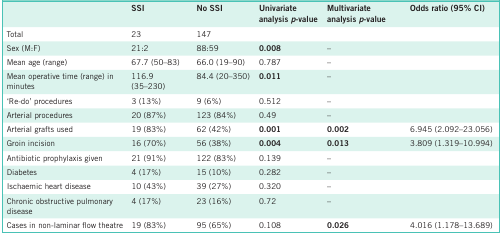
|  | SSI | No SSI | Univariate analysis p-value | Multivariate analysis p-value | Odds ratio (95% CI) |
 | --- | --- | --- | --- | --- | --- |
 | Total | 23 | 147 |  |  |  |
 | Sex (M:F) | 21:2 | 88:59 | 0.008 | – |  |
 | Mean age (range) | 67.7 (50–83) | 66.0 (19–90) | 0.787 | – |  |
 | Mean operative time (range) in minutes | 116.9 (35–230) | 84.4 (20–350) | 0.011 | – |  |
 | ‘Re-do’ procedures | 3 (13%) | 9 (6%) | 0.512 | – |  |
 | Arterial procedures | 20 (87%) | 123 (84%) | 0.49 | – |  |
 | Arterial grafts used | 19 (83%) | 62 (42%) | 0.001 | 0.002 | 6.945 (2.092–23.056) |
 | Groin incision | 16 (70%) | 56 (38%) | 0.004 | 0.013 | 3.809 (1.319–10.994) |
 | Antibiotic prophylaxis given | 21 (91%) | 122 (83%) | 0.139 | – |  |
 | Diabetes | 4 (17%) | 15 (10%) | 0.282 | – |  |
 | Ischaemic heart disease | 10 (43%) | 39 (27%) | 0.320 | – |  |
 | Chronic obstructive pulmonary disease | 4 (17%) | 23 (16%) | 0.72 | – |  |
 | Cases in non-laminar flow theatre | 19 (83%) | 95 (65%) | 0.108 | 0.026 | 4.016 (1.178–13.689) |